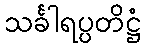
သင်္ခါရပ္ပတိဋ္ဌံ